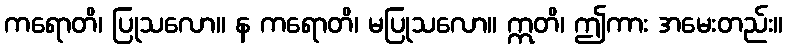
ကရောတိ၊ ပြုသလော။ န ကရောတိ၊ မပြုသလော။ ဣတိ၊ ဤကား အမေးတည်း။